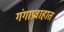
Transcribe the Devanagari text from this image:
गंगाप्रवाहात